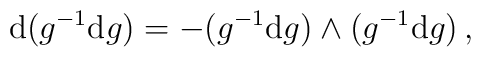
{\rm d} (g^{-1} {\rm d}g) =- (g^{-1}{\rm d}g) \wedge (g^{-1} {\rm d}g) \,,